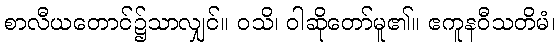
စာလီယတောင်၌သာလျှင်။ ဝသိ၊ ဝါဆိုတော်မူ၏။ ဧကူနဝီသတိမံ၊